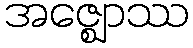
အဇ္ဈောဿ